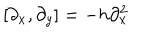
LaTeX: [ \partial _ { x } , \partial _ { y } ] = - h \partial _ { x } ^ { 2 }